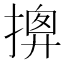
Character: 𢱰